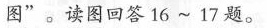
图”。读图回答16~17题。